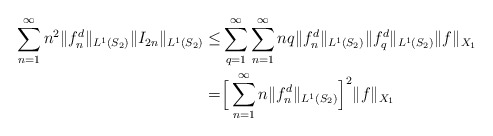
\begin{align*}\sum_{n=1}^{\infty}n^2 \Vert f_n^d \Vert_{L^{1}(S_2)}\Vert I_{2n} \Vert_{L^{1}(S_2)}\leq &\sum_{q=1}^{\infty}\sum_{n=1}^{\infty}nq\Vert f_n^d \Vert_{L^{1}(S_2)}\Vert f_q^d \Vert_{L^{1}(S_2)}\Vert f \Vert_{X_1}\\= &\Big[\sum_{n=1}^{\infty}n\Vert f_n^d \Vert_{L^{1}(S_2)}\Big]^2\Vert f \Vert_{X_1}\end{align*}